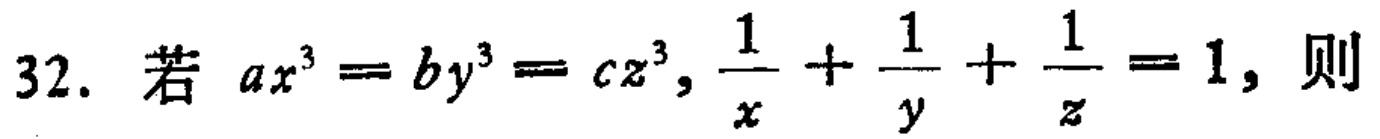
若 \(ax^{3}=by^{3}=cz^{3},\frac{1}{x}+\frac{1}{y}+\frac{1}{z}=1\)，则